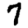
Digit: 7